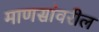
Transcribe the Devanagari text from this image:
माणसांवरील